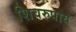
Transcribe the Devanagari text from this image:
शिवरुपाय